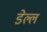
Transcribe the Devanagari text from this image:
डेल्ल